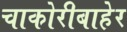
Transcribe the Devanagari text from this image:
चाकोरीबाहेर